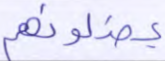
يضلونهم